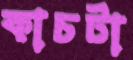
কাচটা